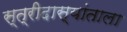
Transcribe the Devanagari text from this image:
स्त्रीदास्यांताला